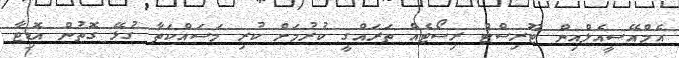
އެމްއޭސީއެލްއިން ޓޫރިސްޓް ރިސޯޓެއް ތަރައްގީ ކުރުމަށް ކުރި މަސައްކަތާ ގުޅޭ ގޮތުން އޮޑިޓާ